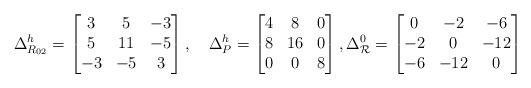
LaTeX: \begin{align*}\Delta^h_{R_{02}}=\left[ \begin{matrix} 3&5&-3\\5&11&-5\\-3&-5&3\end{matrix}\right],\quad\Delta^h_P=\left[ \begin{matrix} 4&8&0\\8&16&0\\0&0&8\end{matrix}\right],\Delta^0_{\mathcal{R}}=\left[ \begin{matrix} 0&-2&-6\\-2&0&-12\\-6&-12&0\end{matrix}\right]\end{align*}